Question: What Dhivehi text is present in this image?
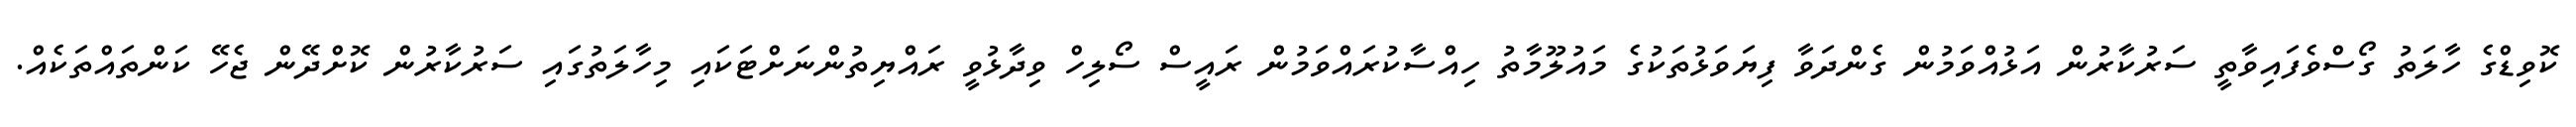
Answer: ކޮވިޑްގެ ހާލަތު ގޯސްވެފައިވާތީ ސަރުކާރުން އަޅުއްވަމުން ގެންދަވާ ފިޔަވަޅުތަކުގެ މައުލޫމާތު ހިއްސާކުރައްވަމުން ރައީސް ސޯލިހް ވިދާޅުވީ ރައްޔިތުންނަށްޓަކައި މިހާލަތުގައި ސަރުކާރުން ކޮށްދޭން ޖެހޭ ކަންތައްތަކެއް.